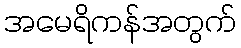
အမေရိကန်အတွက်